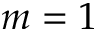
m = 1